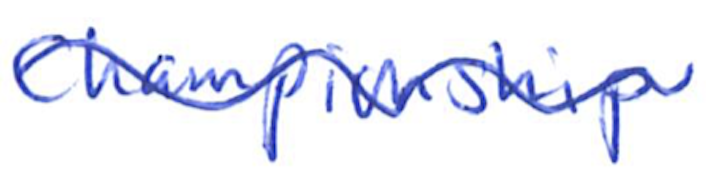
Text: Championship
Cross-out: wave
Writing tool: ballpoint